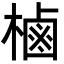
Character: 樐